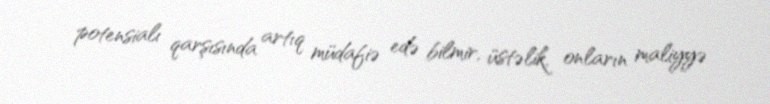
potensialı qarşısında artıq müdafiə edə bilmir, üstəlik, onların maliyyə